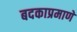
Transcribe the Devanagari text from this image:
बदकाप्रमाणे